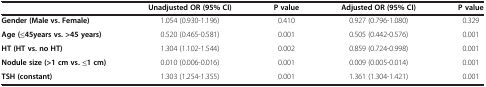
<table><thead><tr><td>[EMPTY_CELL]</td><td><b>Unadjusted OR (95% CI)</b></td><td><b>P value</b></td><td><b>Adjusted OR (95% CI)</b></td><td><b>P value</b></td></tr></thead><tbody><tr><td><b>Gender (Male vs. Female)</b></td><td>1.054 (0.930-1.196)</td><td>0.410</td><td>0.927 (0.796-1.080)</td><td>0.329</td></tr><tr><td><b>Age (≤45years vs. &gt;45 years)</b></td><td>0.520 (0.465-0.581)</td><td>0.001</td><td>0.505 (0.442-0.576)</td><td>0.001</td></tr><tr><td><b>HT (HT vs. no HT)</b></td><td>1.304 (1.102-1.544)</td><td>0.002</td><td>0.859 (0.724-0.998)</td><td>0.001</td></tr><tr><td><b>Nodule size (&gt;1 cm vs. ≤1 cm)</b></td><td>0.010 (0.006-0.016)</td><td>0.001</td><td>0.009 (0.005-0.014)</td><td>0.001</td></tr><tr><td><b>TSH (constant)</b></td><td>1.303 (1.254-1.355)</td><td>0.001</td><td>1.361 (1.304-1.421)</td><td>0.001</td></tr></tbody></table>